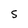
Character: S